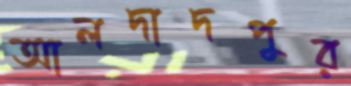
আলদাদপুর